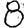
Digit: 8